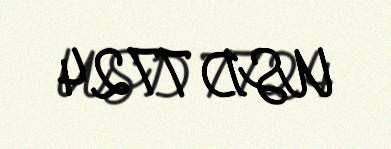
USD 7724